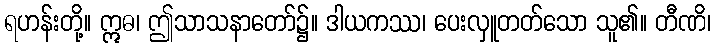
ရဟန်းတို့။ ဣဓ၊ ဤသာသနာတော်၌။ ဒါယကဿ၊ ပေးလှူတတ်သော သူ၏။ တီဏိ၊